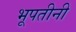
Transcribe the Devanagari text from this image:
भूपतीनी